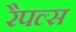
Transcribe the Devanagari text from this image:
रैपल्स